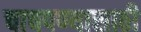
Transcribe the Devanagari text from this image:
चाचपण्यासाठी